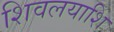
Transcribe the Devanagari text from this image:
शिवलयाशि